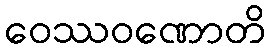
ဝေဿဝဏောတိ